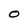
Character: O